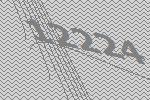
12224